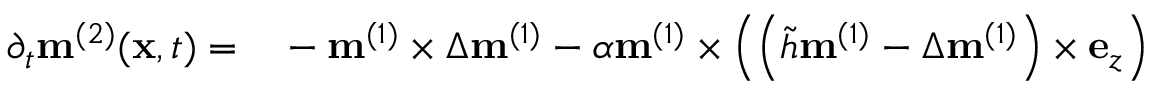
\begin{array} { r l } { \partial _ { t } \mathbf { m } ^ { ( 2 ) } ( \mathbf { x } , t ) = } & { { } - \mathbf { m } ^ { ( 1 ) } \times \Delta \mathbf { m } ^ { ( 1 ) } - \alpha \mathbf { m } ^ { ( 1 ) } \times \left( \left( \tilde { h } \mathbf { m } ^ { ( 1 ) } - \Delta \mathbf { m } ^ { ( 1 ) } \right) \times \mathbf { e } _ { z } \right) } \end{array}